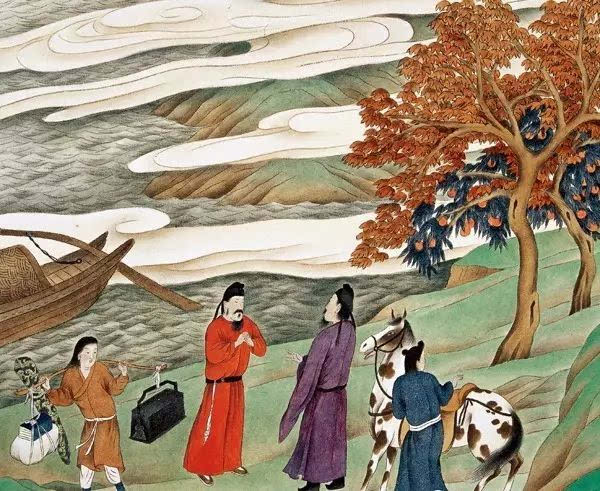
故园东望路漫漫，双袖龙钟泪不干。